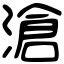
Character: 滄